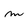
Character: m